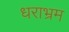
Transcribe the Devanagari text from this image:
धराभ्रम